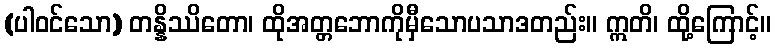
(ပါဝင်သော) တန္နိဿိတော၊ ထိုအတ္တဘောကိုမှီသောပသာဒတည်း။ ဣတိ၊ ထို့ကြောင့်။